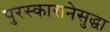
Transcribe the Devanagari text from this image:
पुरस्कारानेसुद्धा